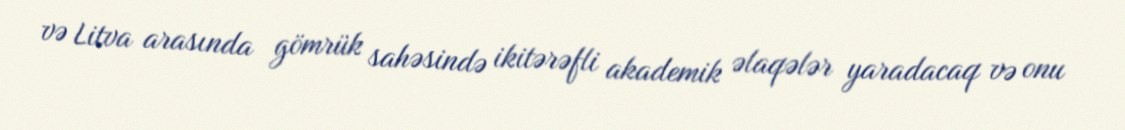
və Litva arasında gömrük sahəsində ikitərəfli akademik əlaqələr yaradacaq və onu